Lunatic asylums Madras 1877-1891 - 1877-1891
Year: 1877
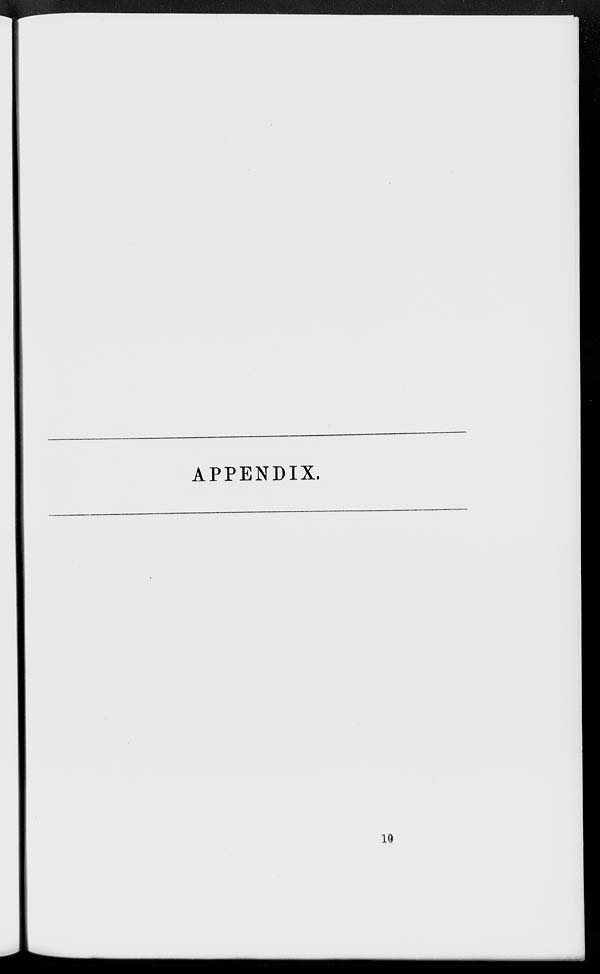
APPENDIX.
10